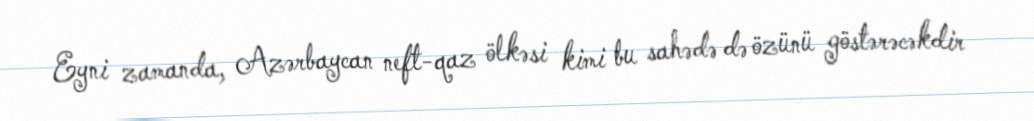
Eyni zamanda, Azərbaycan neft-qaz ölkəsi kimi bu sahədə də özünü göstərəcəkdir